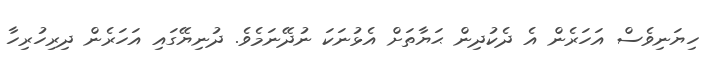
ހިޔަނިވެސް އަހަރެން އެ ދެކުދިން ޙަޔާތަށް އެޅުނަކަ ނުދޭނަމެވެ. ދުނިޔޭގައި އަހަރެން ދިރިހުރިހާ